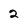
Character: 2